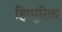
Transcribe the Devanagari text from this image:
हिप्पुरिक